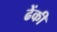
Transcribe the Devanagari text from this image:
ढेंकी